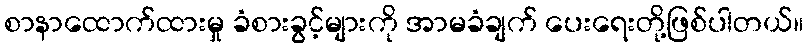
စာနာထောက်ထားမှု ခံစားခွင့်များကို အာမခံချက် ပေးရေးတို့ဖြစ်ပါတယ်။